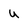
Character: u